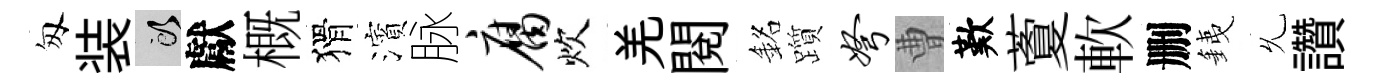
匆装頭獻概猾濱脉腐炊羌閲銘躓弩曹歎藑軟删銕𠃔讚